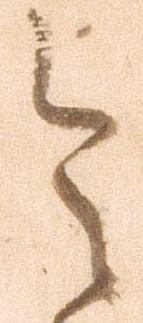
令